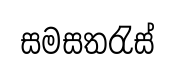
සමසතරැස්